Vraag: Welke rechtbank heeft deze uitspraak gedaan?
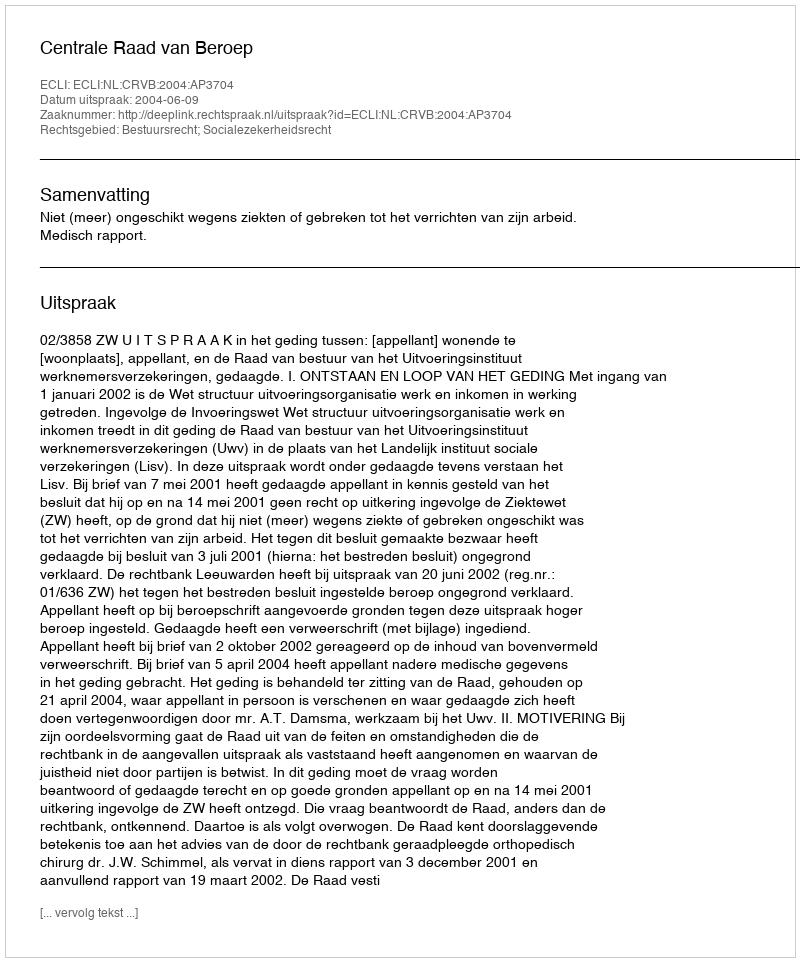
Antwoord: Centrale Raad van Beroep